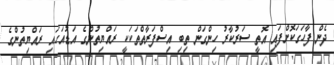
ދެން ފާހަގަކޮށްފައި އޮތީ ސަރުކާރު ހިންގަން ތިބި އިސްފަރާތްތަކަކީ ރައްޔިތުންގެ އަޑުއަހައި ރައްޔިތުންގެ